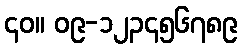
၄၀။ ၀၉-၁၂၃၄၅၆၇၈၉